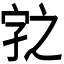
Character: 𭓆